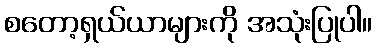
စတော့ရှယ်ယာများကို အသုံးပြုပါ။